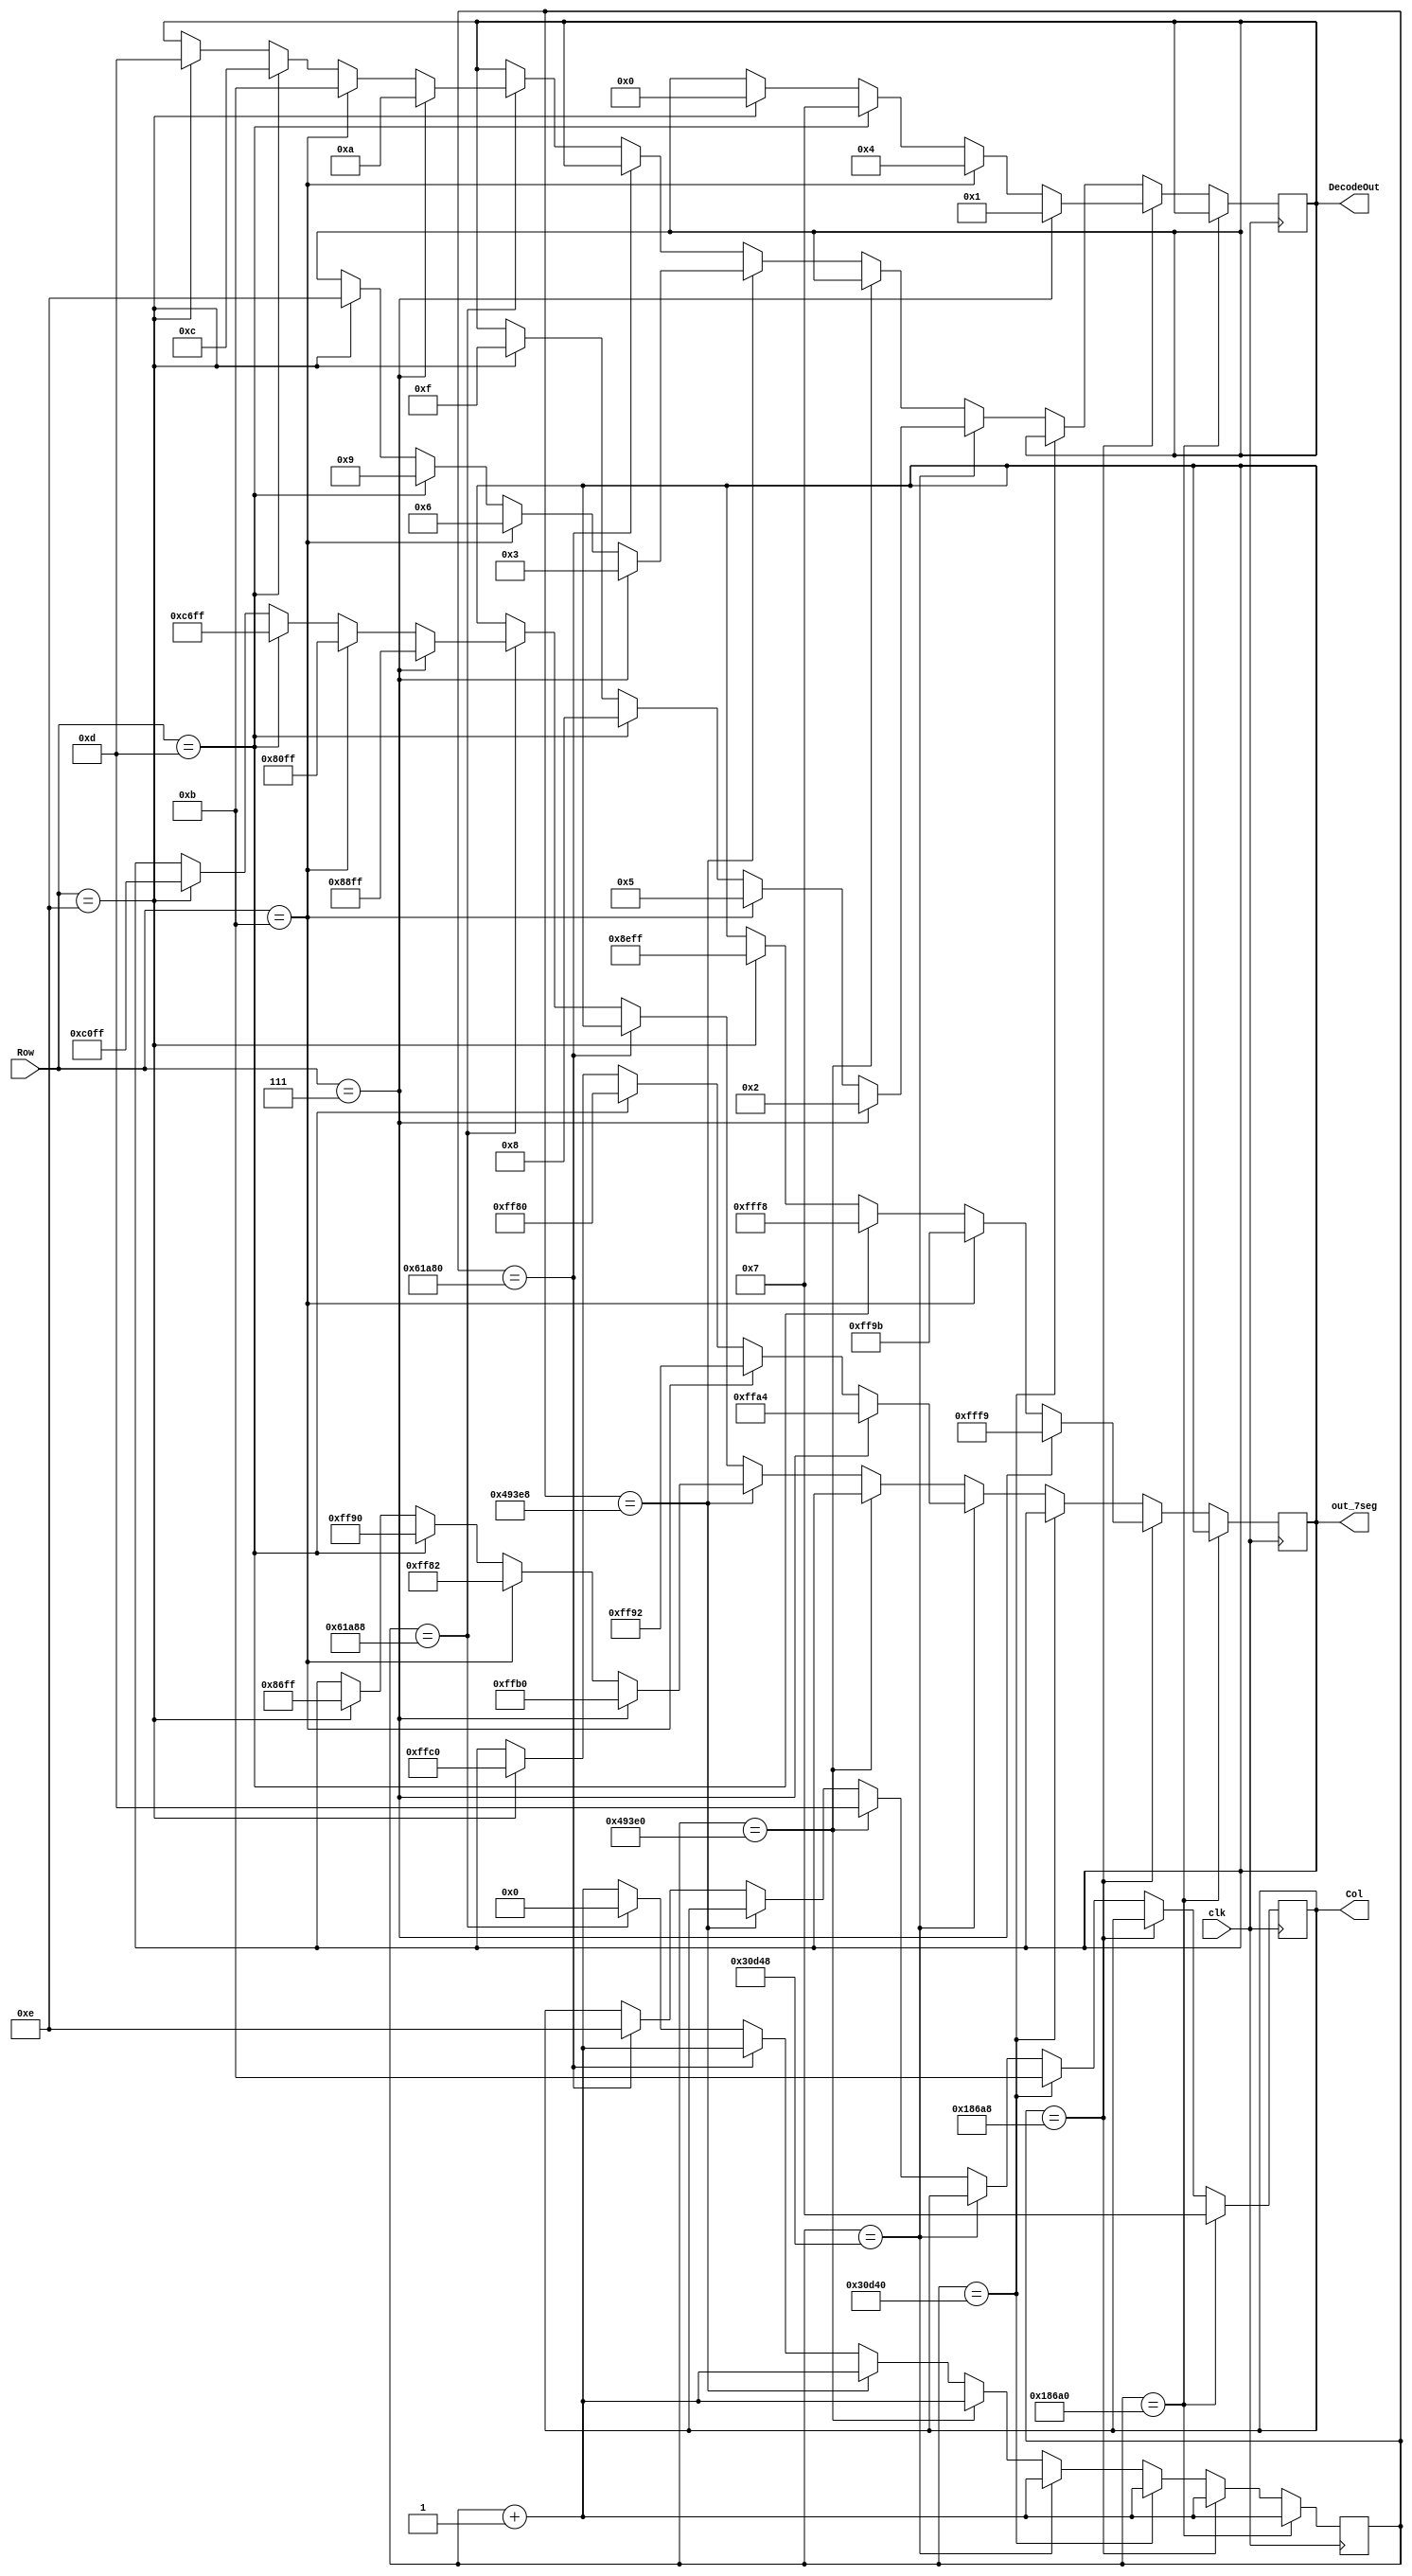
`timescale 1ns / 1ps

module keypad_nandland(
    clk,
    Row,
    Col,
    DecodeOut,
	 out_7seg
    );

    input clk;						// 100MHz onboard clock
    input [3:0] Row;				// Rows on KYPD
    output [3:0] Col;			// Columns on KYPD
    output [3:0] DecodeOut;	// Output data
	 output reg [15:0]out_7seg;
	// Output wires and registers
	reg [3:0] Col;
	reg [3:0] DecodeOut;
	
	// Count register
	reg [19:0] sclk;


	always @(posedge clk) begin

			// 1ms
			if (sclk == 20'b00011000011010100000) 
				begin
					//C1
					Col <= 4'b0111;
					sclk <= sclk + 1'b1;
				end
			
			// check row pins
			else if(sclk == 20'b00011000011010101000) 
			begin
				//R1
				if (Row == 4'b0111) 
				begin
					DecodeOut <= 4'b0001;		//1
					out_7seg = ~(16'b00000000_00000110);
					
				end
				//R2
				else if(Row == 4'b1011) 
					begin
						DecodeOut <= 4'b0100; 		//4
						out_7seg = ~(16'b00000000_01100100);
					end
				//R3
				else if(Row == 4'b1101) 
					begin
						DecodeOut <= 4'b0111; 		//7
						out_7seg = ~(16'b00000000_00000111);
					end
				//R4
				else if(Row == 4'b1110)
					begin
						DecodeOut <= 4'b0000; 		//f    		old-//0 
						out_7seg = ~(16'b01110001_00000000);
					end
				sclk <= sclk + 1'b1;
			end

			// 2ms
			else if(sclk == 20'b00110000110101000000) begin
				//C2
				Col<= 4'b1011;
				sclk <= sclk + 1'b1;
			end
			
			// check row pins
			else if(sclk == 20'b00110000110101001000) begin
				//R1
				if (Row == 4'b0111) begin
					DecodeOut <= 4'b0010; 		//2
					out_7seg = ~(16'b00000000_01011011);
				end
				//R2
				else if(Row == 4'b1011) begin
					DecodeOut <= 4'b0101; 		//5
					out_7seg = ~(16'b00000000_01101101);
				end
				//R3
				else if(Row == 4'b1101) begin
					DecodeOut <= 4'b1000; 		//8
					out_7seg = ~(16'b00000000_01111111);
				end
				//R4
				else if(Row == 4'b1110) begin
					DecodeOut <= 4'b1111; 		//0	//old-//F
					out_7seg = ~(16'b00000000_00111111);
				end
				sclk <= sclk + 1'b1;
			end

			//3ms
			else if(sclk == 20'b01001001001111100000) begin
				//C3
				Col<= 4'b1101;
				sclk <= sclk + 1'b1;
			end
			
			// check row pins
			else if(sclk == 20'b01001001001111101000) begin
				//R1
				if(Row == 4'b0111) begin
					DecodeOut <= 4'b0011; 		//3	
					out_7seg = ~(16'b00000000_01001111);
				end
				//R2
				else if(Row == 4'b1011) begin
					DecodeOut <= 4'b0110; 		//6
					out_7seg = ~(16'b00000000_01111101);
				end
				//R3
				else if(Row == 4'b1101) begin
					DecodeOut <= 4'b1001; 		//9
					out_7seg = ~(16'b00000000_01101111);
				end
				//R4
				else if(Row == 4'b1110) begin
					DecodeOut <= 4'b1110; 		//E
					out_7seg = ~(16'b01111001_00000000);
				end

				sclk <= sclk + 1'b1;
			end

			//4ms
			else if(sclk == 20'b01100001101010000000) begin
				//C4
				Col<= 4'b1110;
				sclk <= sclk + 1'b1;
			end

			// Check row pins
			else if(sclk == 20'b01100001101010001000) begin
				//R1
				if(Row == 4'b0111) begin
					DecodeOut <= 4'b1010; //A
					out_7seg = ~(16'b01110111_00000000);
				end
				//R2
				else if(Row == 4'b1011) begin
					DecodeOut <= 4'b1011; //B
					out_7seg = ~(16'b01111111_00000000);
				end
				//R3
				else if(Row == 4'b1101) begin
					DecodeOut <= 4'b1100; //C
					out_7seg = ~(16'b00111001_00000000);
				end
				//R4
				else if(Row == 4'b1110) begin
					DecodeOut <= 4'b1101; //D
					out_7seg = ~(16'b00111111_00000000);
				end
				sclk <= 20'b00000000000000000000;
			end

			// Otherwise increment
			else begin
				sclk <= sclk + 1'b1;
			end
			
	end

endmodule